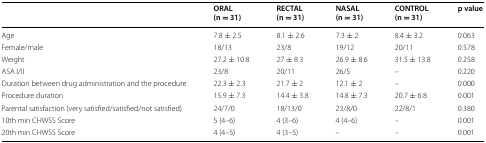
|  | ORAL(n = 31) | RECTAL(n = 31) | NASAL(n = 31) | CONTROL(n = 31) | p value |
 | --- | --- | --- | --- | --- | --- |
 | Age | 7.8 ± 2.5 | 8.1 ± 2.6 | 7.3 ± 2 | 8.4 ± 3.2 | 0.063 |
 | Female/male | 18/13 | 23/8 | 19/12 | 20/11 | 0.578 |
 | Weight | 27.2 ± 10.8 | 27 ± 8.3 | 26.9 ± 8.6 | 31.5 ± 13.8 | 0.258 |
 | ASA I/II | 23/8 | 20/11 | 26/5 | – | 0.220 |
 | Duration between drug administration and the procedure | 22.3 ± 2.3 | 21.7 ± 2 | 12.1 ± 2 | – | 0.000 |
 | Procedure duration | 15.9 ± 7.3 | 14.4 ± 3.8 | 14.8 ± 7.3 | 20.7 ± 6.8 | 0.001 |
 | Parental satisfaction (very satisfied/satisfied/not satisfied) | 24/7/0 | 18/13/0 | 23/8/0 | 22/8/1 | 0.380 |
 | 10th min CHWSS Score | 5 (4–6) | 4 (3–6) | 4 (4–6) | – | 0.001 |
 | 20th min CHWSS Score | 4 (4–5) | 4 (3–5) | – | – | 0.001 |